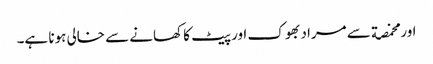
اور مخمصة سے مراد بھوک اور پیٹ کا کھانے سے خالی ہونا ہے۔